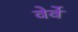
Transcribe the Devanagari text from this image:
वेर्वे